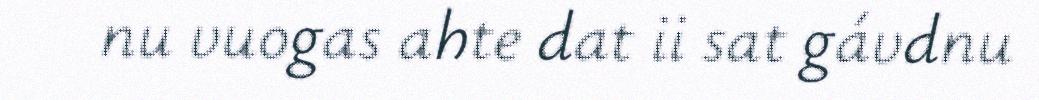
nu vuogas ahte dat ii sat gávdnu